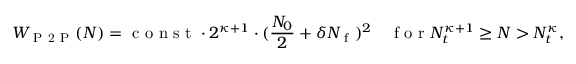
W _ { \mathrm { ~ P ~ 2 ~ P ~ } } ( N ) = \mathrm { ~ c ~ o ~ n ~ s ~ t ~ } \cdot 2 ^ { \kappa + 1 } \cdot ( \frac { N _ { 0 } } { 2 } + \delta N _ { \mathrm { ~ f ~ } } ) ^ { 2 } \quad \mathrm { ~ f ~ o ~ r ~ } N _ { t } ^ { \kappa + 1 } \geq N > N _ { t } ^ { \kappa } ,